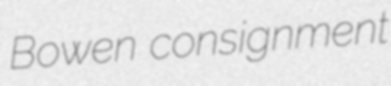
Bowen consignment